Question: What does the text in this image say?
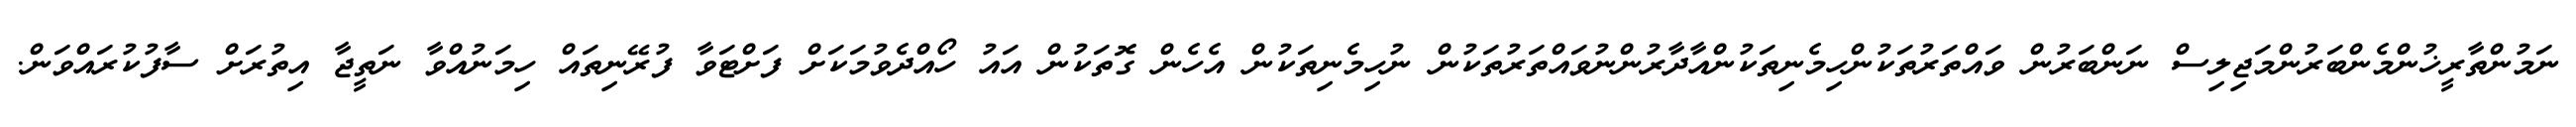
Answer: ނަމުންތާރީޚުންމެންބަރުންމަޖިލިސް ނަންބަރުން ވައްތަރުތަކުންހިމެނިތަކުންއާދާރުންނުވައްތަރުތަކުން ނުހިމެނިތަކުން އެހެން ގޮތަކުން އައު ހޯއްދެވުމަކަށް ފަށްޓަވާ ފުރޭނިތައް ހިމަނުއްވާ ނަތީޖާ އިތުރަށް ސާފުކުރައްވަން.